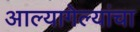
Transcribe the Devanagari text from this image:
आल्यागेल्यांचा